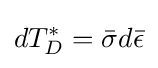
dT_{D}^{*}={\bar {\sigma }}d{\bar {\epsilon }}